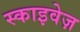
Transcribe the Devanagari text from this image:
स्काइवेज़